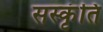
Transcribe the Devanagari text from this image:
सस्कृंति